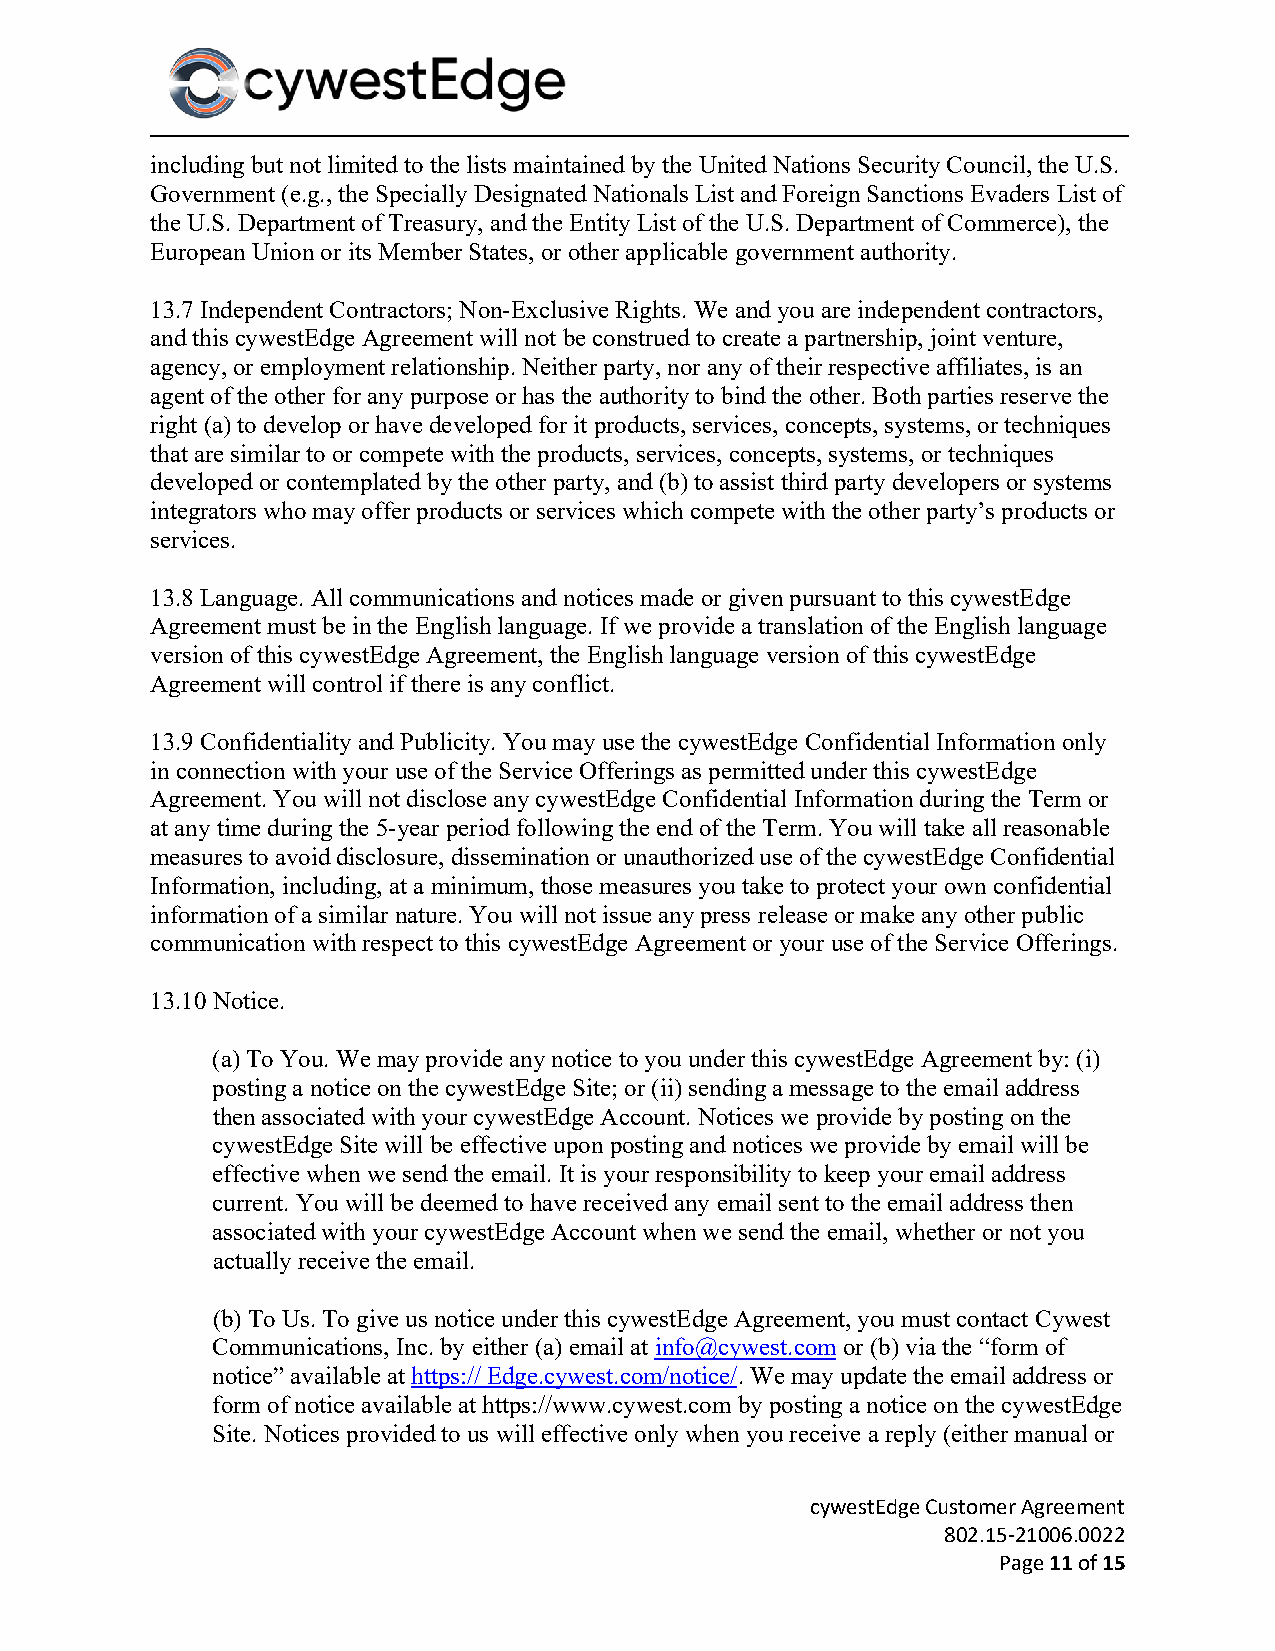
including but not limited to the lists maintained by the United Nations Security Council, the U.S.
 Government (e.g., the Specially Designated Nationals List and Foreign Sanctions Evaders List of
 the U.S. Department of Treasury, and the Entity List of the U.S. Department of Commerce), the
 European Union or its Member States, or other applicable government authority.
 13.7 Independent Contractors; Non-Exclusive Rights. We and you are independent contractors,
 and this cywestEdge Agreement will not be construed to create a partnership, joint venture,
 agency, or employment relationship. Neither party, nor any of their respective affiliates, is an
 agent of the other for any purpose or has the authority to bind the other. Both parties reserve the
 right (a) to develop or have developed for it products, services, concepts, systems, or techniques
 that are similar to or compete with the products, services, concepts, systems, or techniques
 developed or contemplated by the other party, and (b) to assist third party developers or systems
 integrators who may offer products or services which compete with the other party’s products or
 services.
 13.8 Language. All communications and notices made or given pursuant to this cywestEdge
 Agreement must be in the English language. If we provide a translation of the English language
 version of this cywestEdge Agreement, the English language version of this cywestEdge
 Agreement will control if there is any conflict.
 13.9 Confidentiality and Publicity. You may use the cywestEdge Confidential Information only
 in connection with your use of the Service Offerings as permitted under this cywestEdge
 Agreement. You will not disclose any cywestEdge Confidential Information during the Term or
 at any time during the 5-year period following the end of the Term. You will take all reasonable
 measures to avoid disclosure, dissemination or unauthorized use of the cywestEdge Confidential
 Information, including, at a minimum, those measures you take to protect your own confidential
 information of a similar nature. You will not issue any press release or make any other public
 communication with respect to this cywestEdge Agreement or your use of the Service Offerings.
 13.10 Notice.
 (a) To You. We may provide any notice to you under this cywestEdge Agreement by: (i)
 posting a notice on the cywestEdge Site; or (ii) sending a message to the email address
 then associated with your cywestEdge Account. Notices we provide by posting on the
 cywestEdge Site will be effective upon posting and notices we provide by email will be
 effective when we send the email. It is your responsibility to keep your email address
 current. You will be deemed to have received any email sent to the email address then
 associated with your cywestEdge Account when we send the email, whether or not you
 actually receive the email.
 (b) To Us. To give us notice under this cywestEdge Agreement, you must contact Cywest
 Communications, Inc. by either (a) email at info@cywest.com or (b) via the “form of
 notice” available at https:// Edge.cywest.com/notice/. We may update the email address or
 form of notice available at https://www.cywest.com by posting a notice on the cywestEdge
 Site. Notices provided to us will effective only when you receive a reply (either manual or
 cywestEdge Customer Agreement
 802.15-21006.0022
 Page 11 of 15